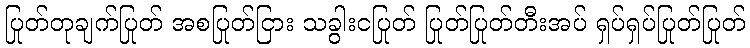
ပြုတ်တုချက်ပြုတ် အစပြုတ်ငြား သခွါးငပြုတ် ပြုတ်ပြုတ်တီးအပ် ရှပ်ရှပ်ပြုတ်ပြုတ်